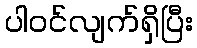
ပါဝင်လျက်ရှိပြီး